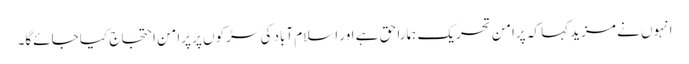
انہوں نے مزید کہا کہ پرامن تحریک ہمارا حق ہے اور اسلام آباد کی سڑکوں پر پرامن احتجاج کیا جائےگا۔